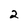
Character: 2